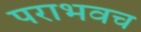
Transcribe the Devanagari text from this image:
पराभवच